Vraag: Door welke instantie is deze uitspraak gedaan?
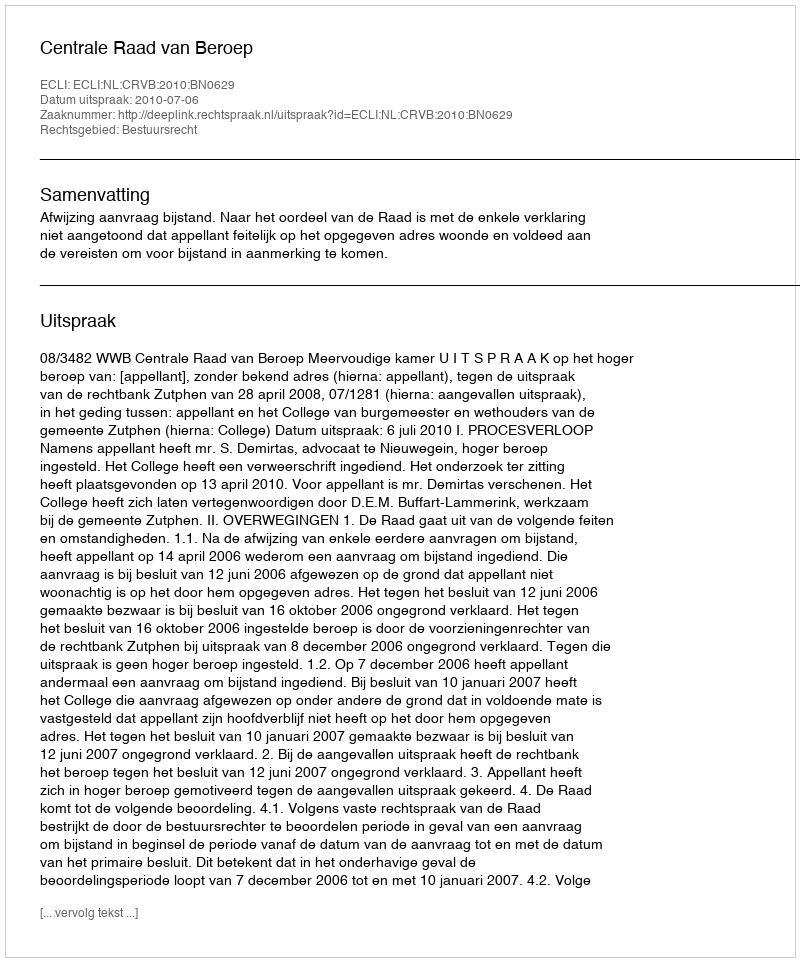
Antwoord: Centrale Raad van Beroep